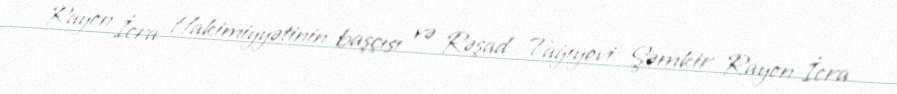
Rayon İcra Hakimiyyətinin başçısı və Rəşad Tağıyevi Şəmkir Rayon İcra